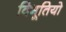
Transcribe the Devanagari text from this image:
विभूतियो